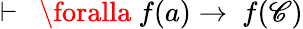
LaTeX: \vdash\ \ \foralla\ f(a)\rightarrow\ f(\mathscr{C})